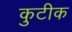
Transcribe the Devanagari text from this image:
कुटीक